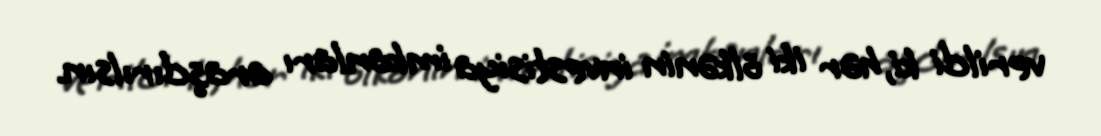
verildi ki, hər iki ölkənin investisiya imkanları araşdırılsın.